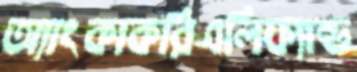
অ্যাংকাকরিএলিফ্যান্ড